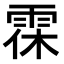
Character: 𩂯